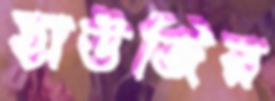
হাউজির